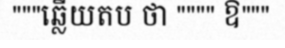
"""ឆ្លើយតប ថា """" ឱ"""